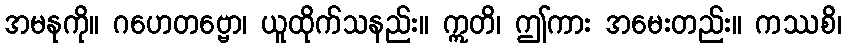
အမနုကို။ ဂဟေတဗ္ဗော၊ ယူထိုက်သနည်း။ ဣတိ၊ ဤကား အမေးတည်း။ ကဿစိ၊